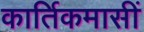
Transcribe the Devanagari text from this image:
कार्तिकमासीं